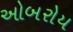
ઓબરોય